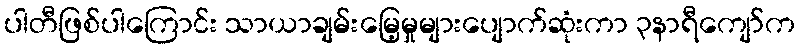
ပါတီဖြစ်ပါကြောင်း သာယာချမ်းမြေ့မှုများပျောက်ဆုံးကာ ၃နာရီကျော်က